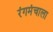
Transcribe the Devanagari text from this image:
रंगमंचाला